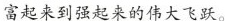
富起来到强起来的伟大飞跃。